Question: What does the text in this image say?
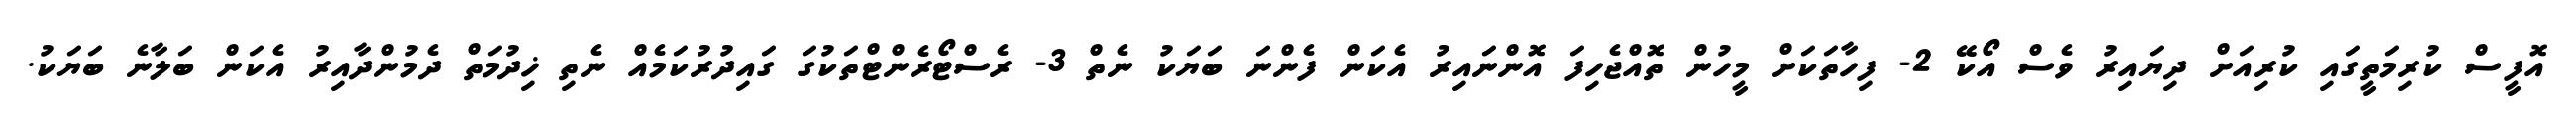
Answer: އޮފީސް ކުރިމަތީގައި ކުރިއަށް ދިޔައިރު ވެސް އޯކޭ 2- ފިހާތަކަށް މީހުން ތޮއްޖެހިފަ އޮންނައިރު އެކަން ފެންނަ ބަޔަކު ނެތް 3- ރެސްޓޯރެންޓްތަކުގަ ގައިދުރުކަމެއް ނެތި ޚިދުމަތް ދެމުންދާއިރު އެކަން ބަލާނެ ބަޔަކު.